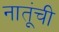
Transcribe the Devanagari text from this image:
नातूंची